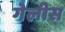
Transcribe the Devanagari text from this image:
गेलीस